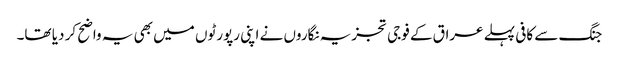
جنگ سے کافی پہلے عراق کے فوجی تجزیہ نگاروں نے اپنی رپورٹوں میں بھی یہ واضح کر دیا تھا۔